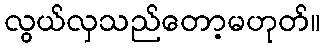
လွယ်လှသည်တော့မဟုတ်။